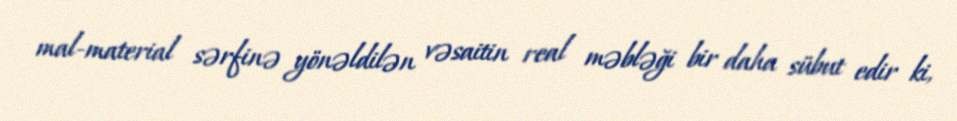
mal-material sərfinə yönəldilən vəsaitin real məbləği bir daha sübut edir ki,